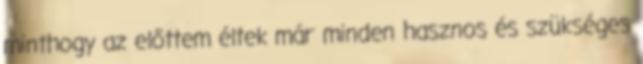
minthogy az előttem éltek már minden hasznos és szükséges